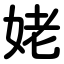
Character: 姥